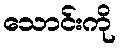
သောင်းကို